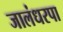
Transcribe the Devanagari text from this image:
जालंधरपा